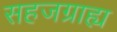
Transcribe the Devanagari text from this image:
सहजग्राह्य